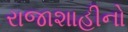
રાજાશાહીનો